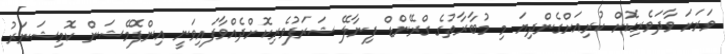
ވަރަށަ ވާދަވެރިކޮށް ކުރިއަށްގެންދިޔަ މި މުބާރާތުގެ ގްރޭންޑް ފިނާލޭ ޝަރަފުވެރިކޮށްދެއްވާފައިވަނީ އިންފޮމޭޝަން ކޮމިޝަނަރު